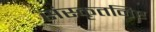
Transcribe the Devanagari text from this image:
संस्कृतनिष्ट